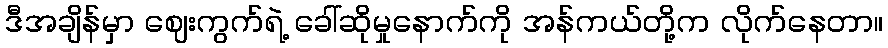
ဒီအချိန်မှာ ဈေးကွက်ရဲ့ ခေါ်ဆိုမှုနောက်ကို အန်ကယ်တို့က လိုက်နေတာ။